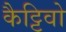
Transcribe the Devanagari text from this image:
कैट्टिवो